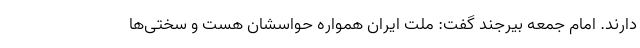
دارند. امام جمعه بیرجند گفت: ملت ایران همواره حواسشان هست و سختی‌ها